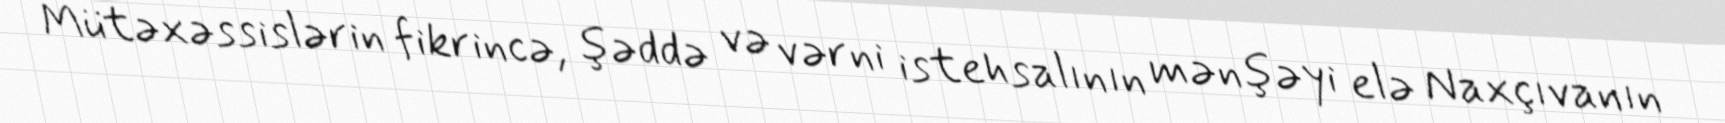
Mütəxəssislərin fikrincə, şəddə və vərni istehsalının mənşəyi elə Naxçıvanın